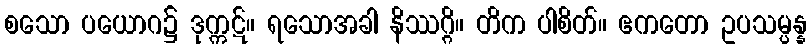
စသော ပယောဂ၌ ဒုက္ကဋ်။ ရသောအခါ နိဿဂ္ဂိ။ တိက ပါစိတ်။ ဧကတော ဥပသမ္ပန္န